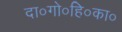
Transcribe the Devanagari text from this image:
दा०गो०हि०का०